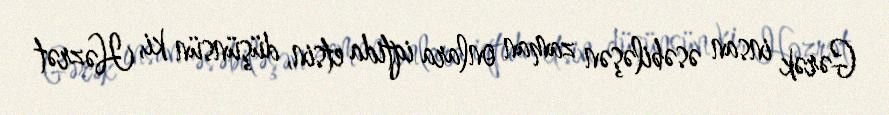
Gərək insan əsəbiləşən zaman onlara iqtida etsin, düşünsün ki, Həzrət